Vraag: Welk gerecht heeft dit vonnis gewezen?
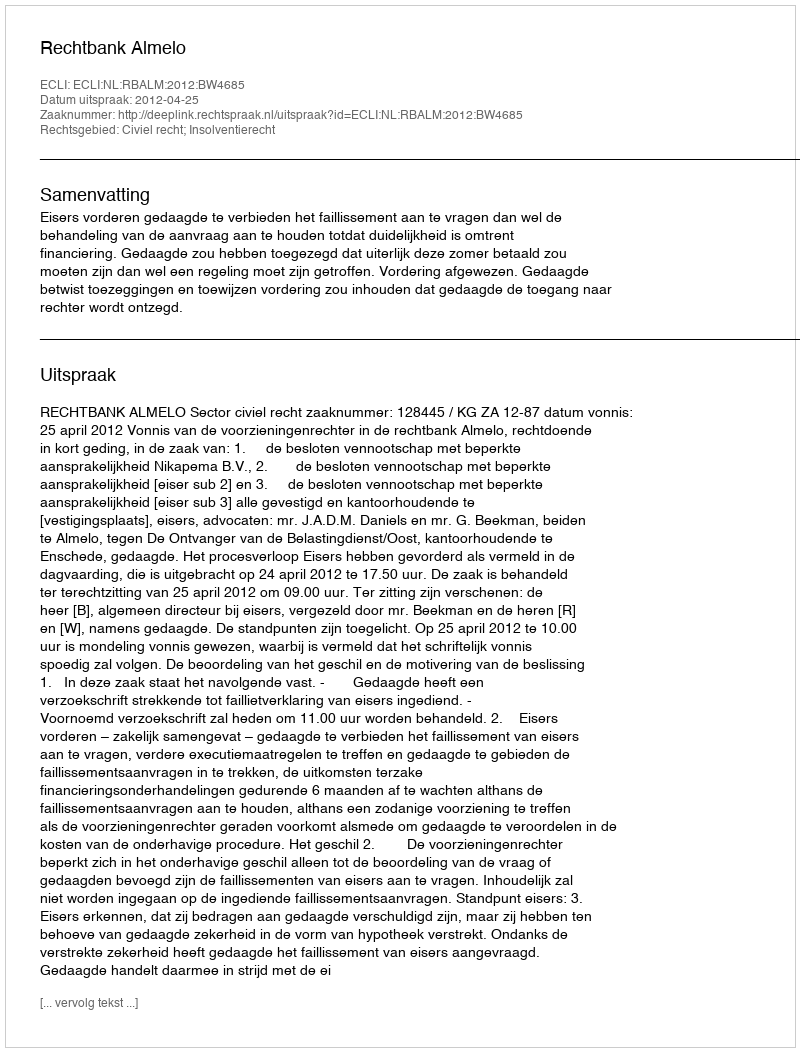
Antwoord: Rechtbank Almelo